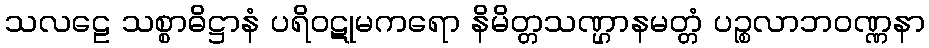
သလဠေ သစ္စာဓိဋ္ဌာနံ ပရိဝဋုမကရော နိမိတ္တသဏ္ဌာနမတ္တံ ပဉ္စလာဘဝဏ္ဏနာ